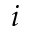
i